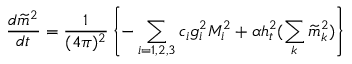
{ \frac { d \widetilde m ^ { 2 } } { d t } } = { \frac { 1 } { ( 4 \pi ) ^ { 2 } } } \left\{ - \sum _ { i = 1 , 2 , 3 } c _ { i } g _ { i } ^ { 2 } M _ { i } ^ { 2 } + \alpha h _ { t } ^ { 2 } ( \sum _ { k } \widetilde m _ { k } ^ { 2 } ) \right\}